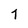
Character: T